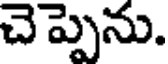
చెప్పెను.